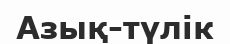
Азық-түлік